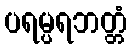
ပရမ္ပရဘတ္တံ